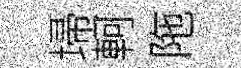
埽軻陁